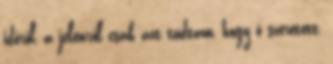
időről, a jelenről csak azt tudtam, hogy ő szeretett,